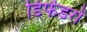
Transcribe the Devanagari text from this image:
डिफेंडरों